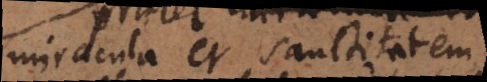
miracula et sanctitatem